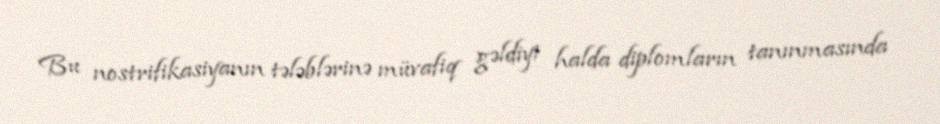
Bu nostrifikasiyanın tələblərinə müvafiq gəldiyi halda diplomların tanınmasında